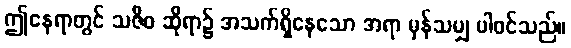
ဤနေရာတွင် သဇီဝ ဆိုရာ၌ အသက်ရှိနေသော အရာ မှန်သမျှ ပါဝင်သည်။